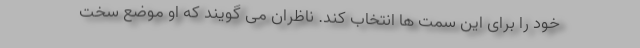
خود را برای این سمت ها انتخاب کند. ناظران می گویند که او موضع سخت